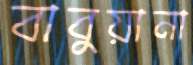
বাবুয়ানা